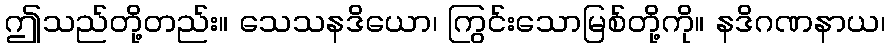
ဤသည်တို့တည်း။ သေသနဒိယော၊ ကြွင်းသောမြစ်တို့ကို။ နဒိဂဏနာယ၊